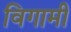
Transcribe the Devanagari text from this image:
विगामी